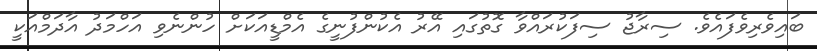
ބައިވެރިވެފައެވެ. ސިރާޖު ސިފަކުރައްވާ ގޮތުގައި އޭރު އެކުންފުނީގެ އެމްޑީއަކަށް ހުންނެވި އަހްމަދު އާދަމްއަކީ